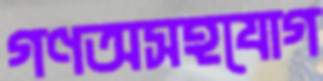
গণঅসহযোগ